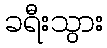
ခရီးသွား